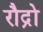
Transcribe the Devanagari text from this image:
रौद्रो